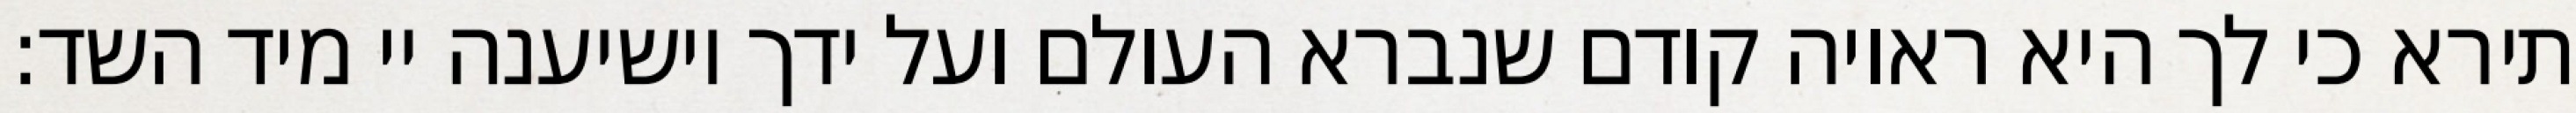
תירא כי לך היא ראויה קודם שנברא העולם ועל ידך יושיענה יי מיד השד: